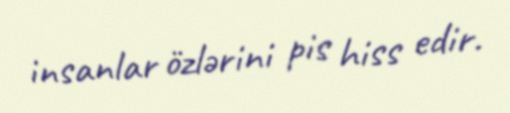
insanlar özlərini pis hiss edir.